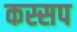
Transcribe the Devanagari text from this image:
कस्सप